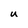
Character: U